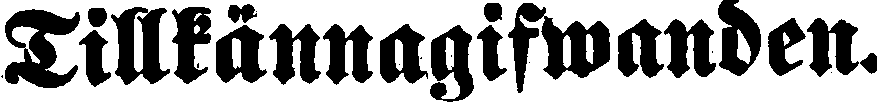
Tillkännagifwanden.